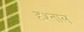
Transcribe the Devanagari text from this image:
हश्ताल